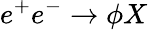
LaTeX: e^{+}e^{-}\to\phi X